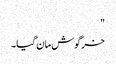
"
خرگوش مان گیا۔